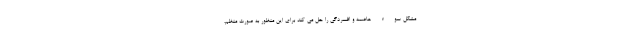
مشکل سوء هاضمه و افسردگی را حل می کند برای این منظور به صورت منظم،